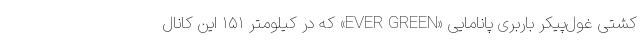
کشتی غول‌پیکر باربری پانامایی «EVER GREEN» که در کیلومتر ۱۵۱ این کانال